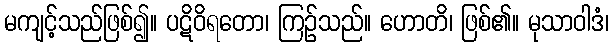
မကျင့်သည်ဖြစ်၍။ ပဋိဝိရတော၊ ကြဉ်သည်။ ဟောတိ၊ ဖြစ်၏။ မုသာဝါဒံ၊